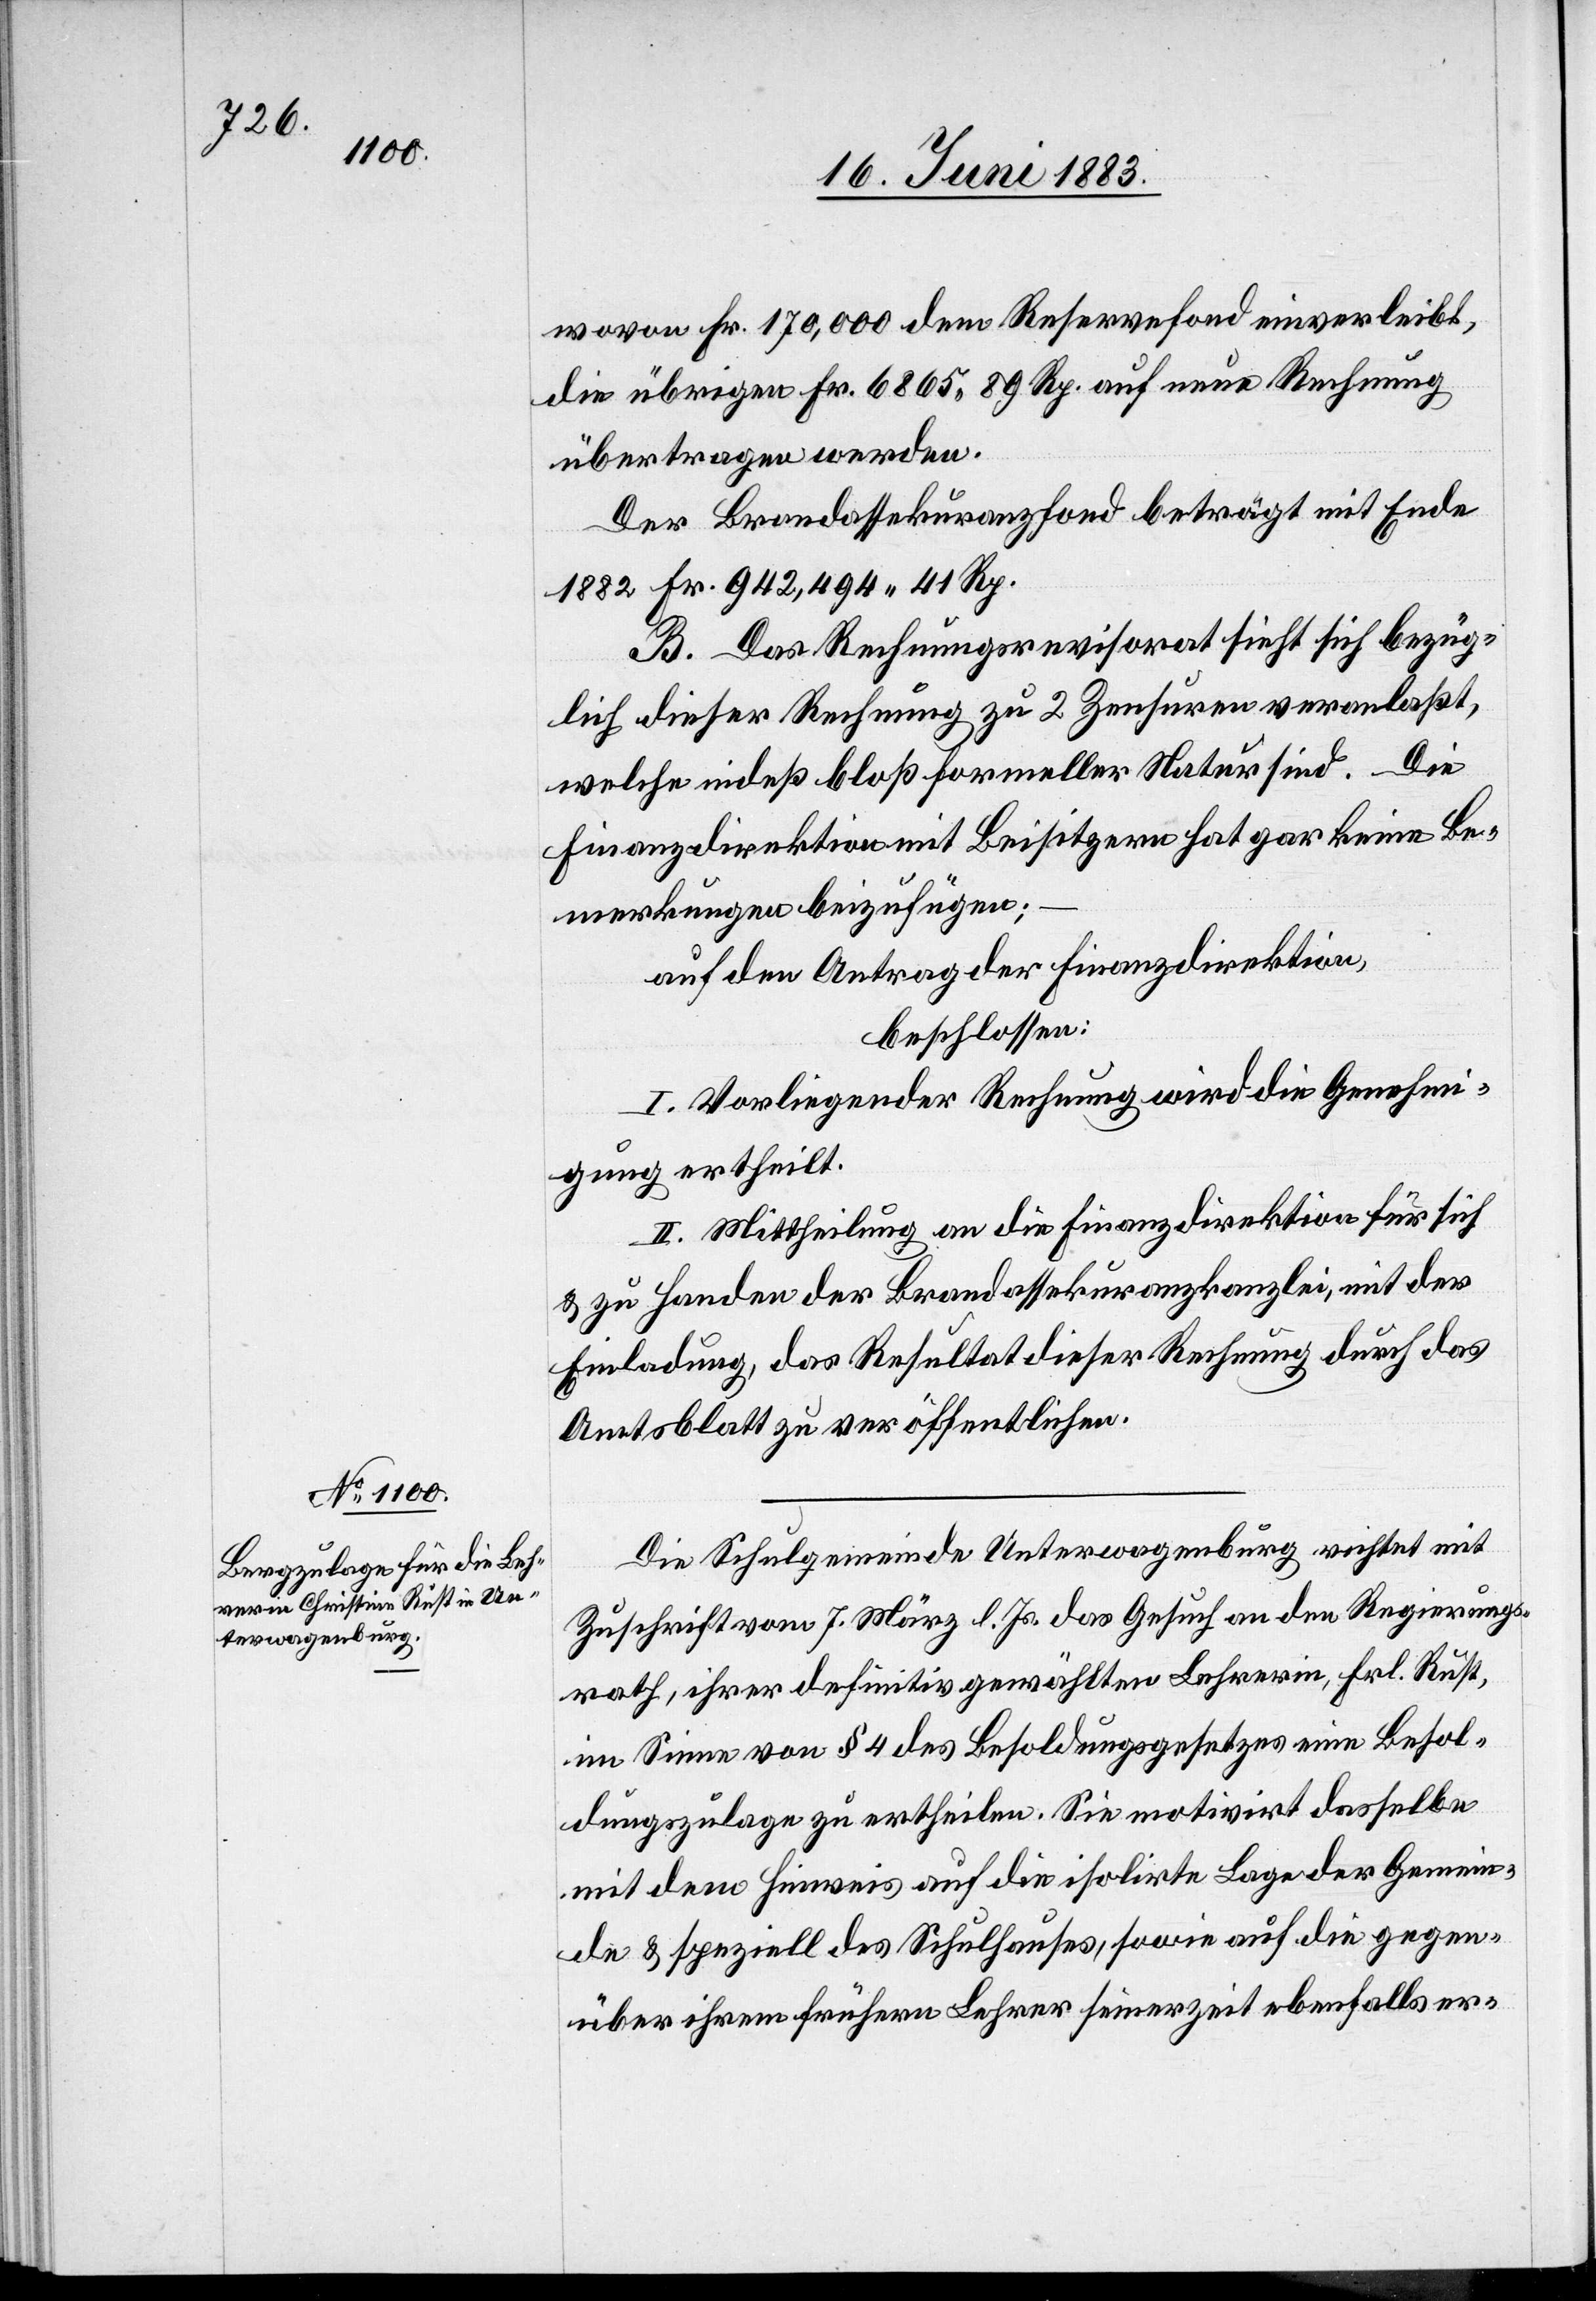
wovon Fr. 170,000 dem Reservefond einverleibt,
die übrigen Fr. 6865 89 Rp. auf neue Rechnung
übertragen werden.
Der Brandassekuranzfond beträgt mit Ende
1882 Fr. 942,494 41 Rp.
B. Das Rechnungsrevisorat sieht sich bezüg¬
lich dieser Rechnung zu 2 Zensuren veranlaßt,
welche indeß bloß formeller Natur sind. Die
Finanzdirektion mit Beisitzern hat gar keine Be¬
merkungen beizufügen;
auf den Antrag der Finanzdirektion,
beschlossen:
I. Vorliegender Rechnung wird die Genehmi¬
gung ertheilt.
II. Mittheilung an die Finanzdirektion für sich
& zu Handen der Brandassekuranzkanzlei, mit der
Einladung, das Resultat dieser Rechnung durch das
Amtsblatt zu veröffentlichen.
Die Schulgemeinde Unterwagenburg richtet mit
Zuschrift vom 7. März l. Js. das Gesuch an den Regierungs¬
rath, ihrer definitiv gewählten Lehrerin, Frl. Rust,
im Sinne von § 4 des Besoldungsgesetzes eine Besol¬
dungszulage zu ertheilen. Sie motivirt dasselbe
mit dem Hinweis auf die isolirte Lage der Gemein¬
de & speziell des Schulhauses, sowie auf die gegen¬
über ihrem frühern Lehrer seinerzeit ebenfalls er-